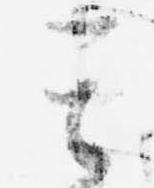
其